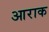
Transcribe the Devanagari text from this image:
आराक